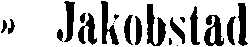
» Jakobstad